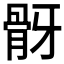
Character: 𩨠